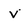
Character: v